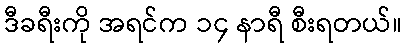
ဒီခရီးကို အရင်က ၁၄ နာရီ စီးရတယ်။